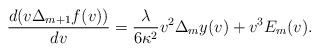
\begin{align*} \frac{d(v\Delta_{m+1}f(v))}{dv}=\frac{\lambda}{6\kappa^2}v^2\Delta_my(v)+v^3E_m(v).\end{align*}